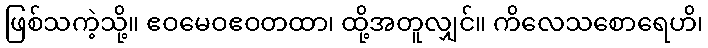
ဖြစ်သကဲ့သို့။ ဧဝမေဝဧဝတထာ၊ ထို့အတူလျှင်။ ကိလေသစောရေဟိ၊